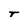
Character: T